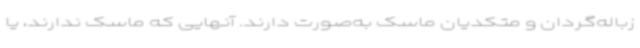
زباله‌گردان و متکدیان ماسک به‌صورت دارند. آنهایی که ماسک ندارند، یا